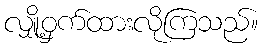
လျှို့ဝှက်ထားလိုကြသည်။